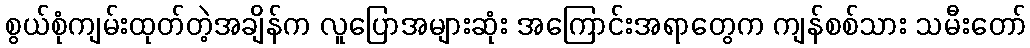
စွယ်စုံကျမ်းထုတ်တဲ့အချိန်က လူပြောအများဆုံး အကြောင်းအရာတွေက ကျန်စစ်သား သမီးတော်